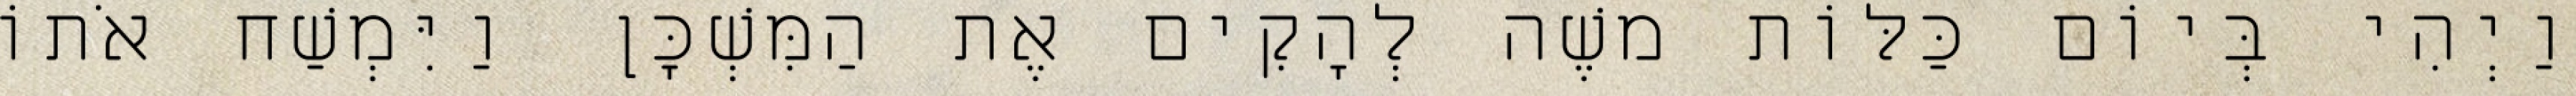
וַיְהִי בְּיוֹם כַּלּוֹת משֶׁה לְהָקִים אֶת הַמִּשְׁכָּן וַיִּמְשַׁח אֹתוֹ